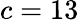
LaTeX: c=13